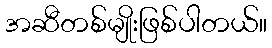
အဆီတစ်မျိုးဖြစ်ပါတယ်။